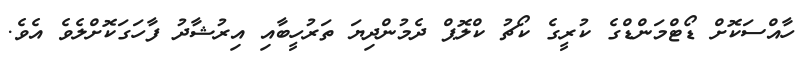
ހާއްސަކޮށް ޑޯޓްމަންޑްގެ ކުރީގެ ކޯޗު ކްލޮޕް ދެމުންދިޔަ ތަރުހީބާއި އިރުޝާދު ފާހަގަކޮށްލެވެ އެވެ.